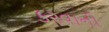
ક૨વાની